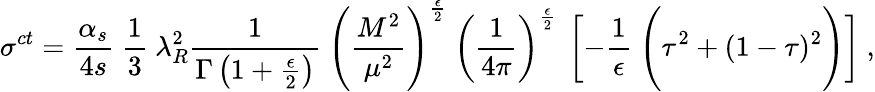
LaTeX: \sigma^{ct}={\frac{\alpha_{s}}{4s}}~{\frac{1}{3}}~\lambda_{R}^{2}{\frac{1}{\Gamma\left(1+{\frac{\epsilon}{2}}\right)}}~\Bigg({\frac{M^{2}}{\mu^{2}}}\Bigg)^{\frac{\epsilon}{2}}~\left({\frac{1}{4\pi}}\right)^{\frac{\epsilon}{2}}~\left[-{\frac{1}{\epsilon}}~\Bigg(\tau^{2}+(1-\tau)^{2}\Bigg)\right]\ ,